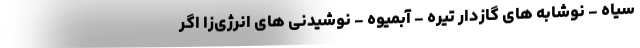
سیاه - نوشابه های گازدار تیره - آبمیوه - نوشیدنی های انرژی‌زا اگر